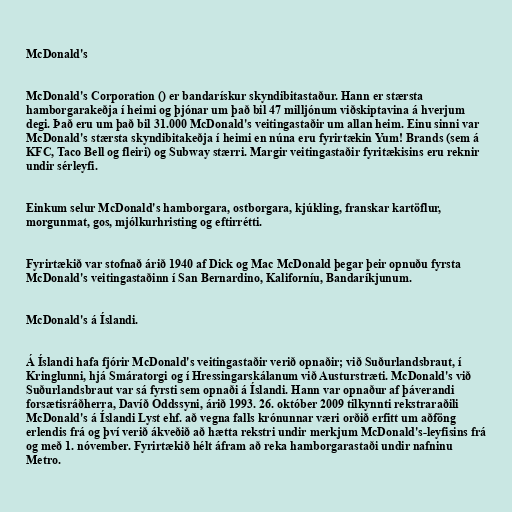
McDonald's

McDonald's Corporation () er bandarískur skyndibitastaður. Hann er stærsta
hamborgarakeðja í heimi og þjónar um það bil 47 milljónum viðskiptavina á hverjum
degi. Það eru um það bil 31.000 McDonald's veitingastaðir um allan heim. Einu sinni var
McDonald's stærsta skyndibitakeðja í heimi en núna eru fyrirtækin Yum! Brands (sem á
KFC, Taco Bell og fleiri) og Subway stærri. Margir veitingastaðir fyritækisins eru reknir
undir sérleyfi.

Einkum selur McDonald's hamborgara, ostborgara, kjúkling, franskar kartöflur,
morgunmat, gos, mjólkurhristing og eftirrétti.

Fyrirtækið var stofnað árið 1940 af Dick og Mac McDonald þegar þeir opnuðu fyrsta
McDonald's veitingastaðinn í San Bernardino, Kaliforníu, Bandaríkjunum.

McDonald's á Íslandi.

Á Íslandi hafa fjórir McDonald's veitingastaðir verið opnaðir; við Suðurlandsbraut, í
Kringlunni, hjá Smáratorgi og í Hressingarskálanum við Austurstræti. McDonald's við
Suðurlandsbraut var sá fyrsti sem opnaði á Íslandi. Hann var opnaður af þáverandi
forsætisráðherra, Davíð Oddssyni, árið 1993. 26. október 2009 tilkynnti rekstraraðili
McDonald's á Íslandi Lyst ehf. að vegna falls krónunnar væri orðið erfitt um aðföng
erlendis frá og því verið ákveðið að hætta rekstri undir merkjum McDonald's-leyfisins frá
og með 1. nóvember. Fyrirtækið hélt áfram að reka hamborgarastaði undir nafninu
Metro.